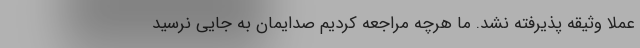
عملاً وثیقه پذیرفته نشد. ما هرچه مراجعه کردیم صدایمان به جایی نرسید